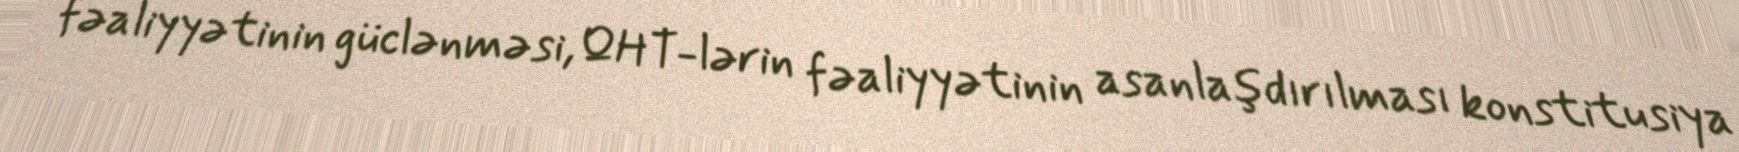
fəaliyyətinin güclənməsi, QHT-lərin fəaliyyətinin asanlaşdırılması konstitusiya